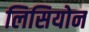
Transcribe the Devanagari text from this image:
लिसियोन